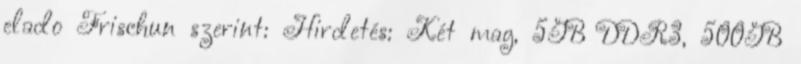
elado Frischun szerint: Hirdetés: Két mag, 5GB DDR3, 500GB